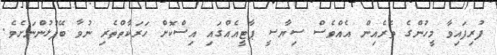
ފުރިފައިވާ މީހުންގެ ތެރެއިން އެއްވެސް ސިޔާސީ ޕާޓީއެއްގައި އިސްކޮށް ހަރަކާތްތެރި ނުވާ ބޭފުޅުންނަށެވެ.